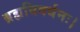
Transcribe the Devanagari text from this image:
ब्रह्मविवर्धनः।